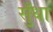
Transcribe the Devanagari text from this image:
सुँधा